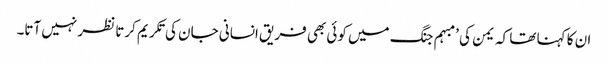
ان کا کہنا تھا کہ یمن کی ’مبہم جنگ میں کوئی بھی فریق انسانی جان کی تکریم کرتا نظر نہیں آتا۔